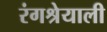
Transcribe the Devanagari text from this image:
रंगश्रेयाली